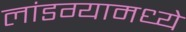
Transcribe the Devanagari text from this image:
लांडग्यामध्ये